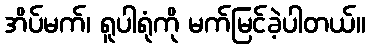
အိပ်မက်၊ ရူပါရုံကို မက်မြင်ခဲ့ပါတယ်။